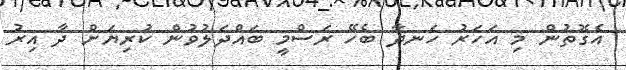
އެގޮތުން މި އަހަރު ހަނދާ ބެހޭ ރަސްމީ ބައްދަލުވުން ކުރިޔަށް ދާ އިރު